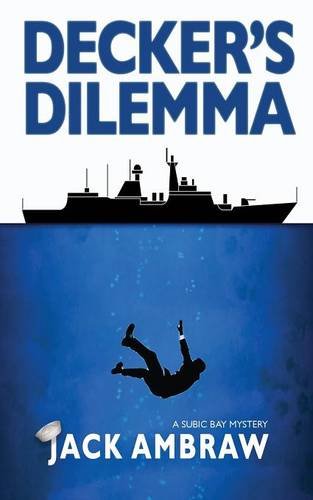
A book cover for Decker's Dilemma (Subic Bay Mystery); Jack Ambraw; Mystery, Thriller & Suspense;